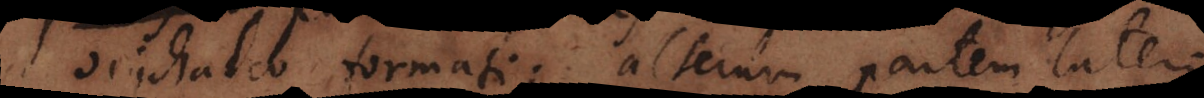
orichalco formati; alteram partem lateri.